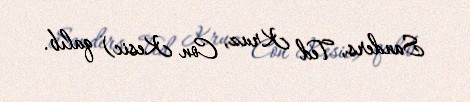
Sanders, Ted Kruz, Con Kesic) qalıb.